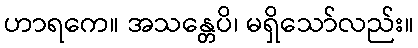
ဟာရကေ။ အသန္တေပိ၊ မရှိသော်လည်း။